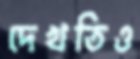
দেখতিও